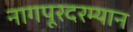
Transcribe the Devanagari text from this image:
नागपूरदरम्यान